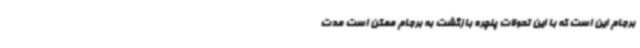
برجام این است که با این تحولات پنچره بازگشت به برجام ممکن است مدت